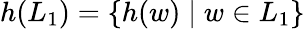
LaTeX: h(L_{1})=\{ h(w)\mid w\in L_{1}\}